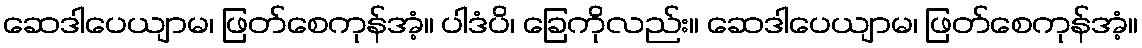
ဆေဒါပေယျာမ၊ ဖြတ်စေကုန်အံ့။ ပါဒံပိ၊ ခြေကိုလည်း။ ဆေဒါပေယျာမ၊ ဖြတ်စေကုန်အံ့။